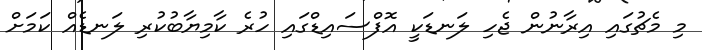
މި މެޗުގައި އިރާނުން ޖެހި ލަނޑަކީ އޮފްސައިޑްގައި ހުރެ ކާމިޔާބުކުރި ލަނޑެއް ކަމަށް